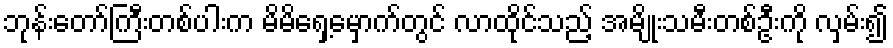
ဘုန်းတော်ကြီးတစ်ပါးက မိမိရှေ့မှောက်တွင် လာထိုင်သည့် အမျိုးသမီးတစ်ဦးကို လှမ်း၍